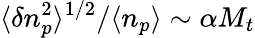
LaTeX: \langle\delta n_{p}^{2}\rangle^{1/2}/\langle n_{p}\rangle\sim\alpha M_{t}